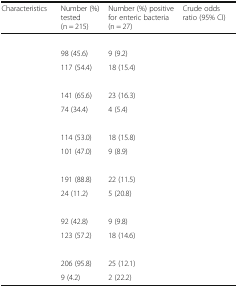
<table><thead><tr><td><b>Characteristics</b></td><td><b>Number (%) tested (n = 215)</b></td><td><b>Number (%) positive for enteric bacteria (n = 27)</b></td><td><b>Crude odds ratio (95% CI)</b></td></tr></thead><tbody><tr><td colspan="4">[EMPTY_CELL]</td></tr><tr><td>[EMPTY_CELL]</td><td>98 (45.6)</td><td>9 (9.2)</td><td>[EMPTY_CELL]</td></tr><tr><td>[EMPTY_CELL]</td><td>117 (54.4)</td><td>18 (15.4)</td><td>[EMPTY_CELL]</td></tr><tr><td colspan="4">[EMPTY_CELL]</td></tr><tr><td>[EMPTY_CELL]</td><td>141 (65.6)</td><td>23 (16.3)</td><td>[EMPTY_CELL]</td></tr><tr><td>[EMPTY_CELL]</td><td>74 (34.4)</td><td>4 (5.4)</td><td>[EMPTY_CELL]</td></tr><tr><td colspan="4">[EMPTY_CELL]</td></tr><tr><td>[EMPTY_CELL]</td><td>114 (53.0)</td><td>18 (15.8)</td><td>[EMPTY_CELL]</td></tr><tr><td>[EMPTY_CELL]</td><td>101 (47.0)</td><td>9 (8.9)</td><td>[EMPTY_CELL]</td></tr><tr><td colspan="4">[EMPTY_CELL]</td></tr><tr><td>[EMPTY_CELL]</td><td>191 (88.8)</td><td>22 (11.5)</td><td>[EMPTY_CELL]</td></tr><tr><td>[EMPTY_CELL]</td><td>24 (11.2)</td><td>5 (20.8)</td><td>[EMPTY_CELL]</td></tr><tr><td colspan="4">[EMPTY_CELL]</td></tr><tr><td>[EMPTY_CELL]</td><td>92 (42.8)</td><td>9 (9.8)</td><td>[EMPTY_CELL]</td></tr><tr><td>[EMPTY_CELL]</td><td>123 (57.2)</td><td>18 (14.6)</td><td>[EMPTY_CELL]</td></tr><tr><td colspan="4">[EMPTY_CELL]</td></tr><tr><td>[EMPTY_CELL]</td><td>206 (95.8)</td><td>25 (12.1)</td><td>[EMPTY_CELL]</td></tr><tr><td>[EMPTY_CELL]</td><td>9 (4.2)</td><td>2 (22.2)</td><td>[EMPTY_CELL]</td></tr></tbody></table>